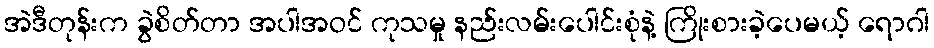
အဲဒီတုန်းက ခွဲစိတ်တာ အပါအဝင် ကုသမှု နည်းလမ်းပေါင်းစုံနဲ့ ကြိုးစားခဲ့ပေမယ့် ရောဂါ